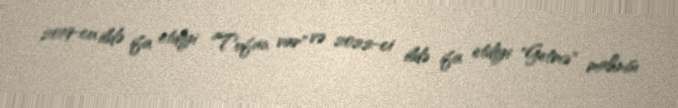
2019-cu ildə ifa etdiyi "Tufan var" və 2022-ci ildə ifa etdiyi "Getmə" mahnısı